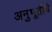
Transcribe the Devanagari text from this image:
अनुभूतींचे